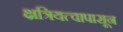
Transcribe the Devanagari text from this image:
क्षत्रियत्वापासून